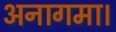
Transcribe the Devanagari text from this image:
अनागमा।